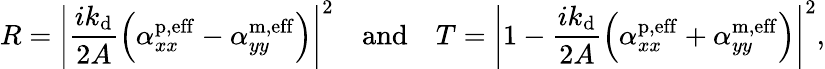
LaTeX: R=\left\lvert\frac{ik_{\mathrm{d}}}{2A}\Bigl(\alpha_{xx}^{\mathrm{p,eff}}-\alpha_{yy}^{\mathrm{m,eff}}\Bigr)\right\rvert^{2}\quad\mathrm{and}\quad T=\left\lvert 1-\frac{ik_{\mathrm{d}}}{2A}\Bigl(\alpha_{xx}^{\mathrm{p,eff}}+\alpha_{yy}^{\mathrm{m,eff}}\Bigr)\right\rvert^{2},